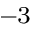
^ { - 3 }